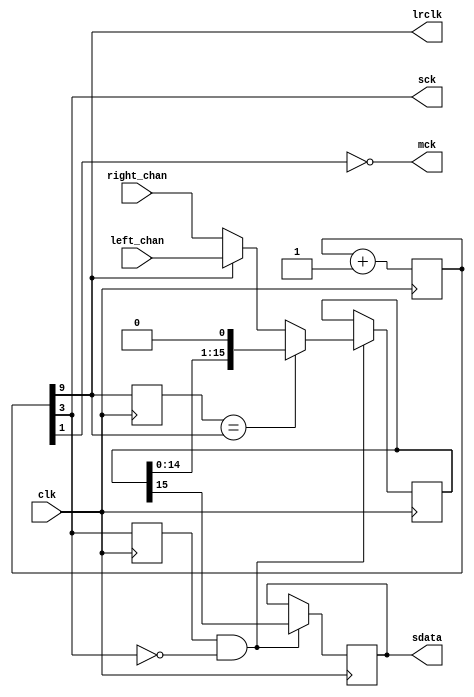
module i2s_tx #(parameter DATA_WIDTH = 16
				) (clk, left_chan, right_chan, sdata, lrclk, mck, sck);

input wire clk; //general clock of project (top level) 50 MHz

input wire [DATA_WIDTH-1:0] left_chan;
input wire [DATA_WIDTH-1:0] right_chan;
output reg sdata; initial sdata <= 1'b0;

//output reg mck; initial mck <= 1'b0; 
output wire mck, sck, lrclk;
reg [9:0]  mck_div; initial mck_div<=10'd0;
//output reg sck; initial sck <= 1'b0; 
//output reg lrclk; initial lrclk <= 1'b0;

parameter LR_BIT = 9; // 9 for 48 khz
parameter SCK_BIT = LR_BIT - 6; // lr*64
parameter MCK_BIT = 1;


assign mck   = ~mck_div[MCK_BIT];
assign lrclk = mck_div[LR_BIT];
assign sck   = mck_div[SCK_BIT];

reg lrclk_prev; initial lrclk_prev <= 1'b1;
wire lrclk_change = ~(lrclk_prev == lrclk);
reg [DATA_WIDTH-1:0] ch_data; initial ch_data <= {DATA_WIDTH{1'b0}};
reg sck_prev; initial sck_prev <= 1'b0;
wire sck_neg = (sck_prev==1'b1 && sck==1'b0);

always @(posedge clk) begin
	mck_div <= mck_div + 1'b1;
	lrclk_prev <= lrclk;
	sck_prev <= sck;
	
	if (sck_neg) begin
		if (lrclk_change) begin
			ch_data <= (lrclk) ? left_chan : right_chan;
		end else begin
			ch_data <= ch_data << 1;
		end
		sdata <= ch_data[DATA_WIDTH-1];
	end
	
	
end

/*
reg [6:0] cnt; initial cnt <= 0;

parameter WIDTH = $clog2(DATA_WIDTH+1);
reg [WIDTH-1:0]      bit_cnt; initial bit_cnt <= {WIDTH{1'b0}};

wire [WIDTH-1:0] next_bit_cnt = (bit_cnt == (DATA_WIDTH-1)) ? {WIDTH{1'b0}} : bit_cnt + 1'b1;

reg [DATA_WIDTH-1:0] ch_data; initial ch_data <= {DATA_WIDTH{1'b0}};

//assign sdata = ch_data[DATA_WIDTH-1];

always @(posedge clk) begin
	mck_div <= mck_div + 1'b1;
	mck <= (mck_div[0]==1'b0) ? ~mck : mck;

	cnt <= cnt + 1'b1;
	sck     <= (cnt[2:0]==3'b000) ? ~sck : sck;
	bit_cnt <= (sck==1 && cnt==0) ? next_bit_cnt : bit_cnt;
	lrclk   <= (sck==1 && cnt==0 && bit_cnt==0) ? ~lrclk : lrclk;
	
	if(sck==1 && cnt==0) begin
		sdata <= ch_data[DATA_WIDTH-1];
		if(bit_cnt==0) begin
			ch_data <= (lrclk) ? left_chan : right_chan;
		end else begin
			ch_data <= ch_data<<1;
		end
	end
end
*/


endmodule